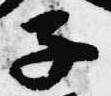
子